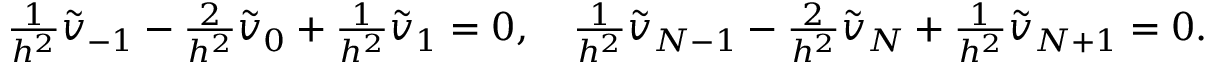
\begin{array} { r l } & { \frac { 1 } { h ^ { 2 } } \widetilde v _ { - 1 } - \frac { 2 } { h ^ { 2 } } \widetilde v _ { 0 } + \frac { 1 } { h ^ { 2 } } \widetilde v _ { 1 } = 0 , \quad \frac { 1 } { h ^ { 2 } } \widetilde v _ { N - 1 } - \frac { 2 } { h ^ { 2 } } \widetilde v _ { N } + \frac { 1 } { h ^ { 2 } } \widetilde v _ { N + 1 } = 0 . } \end{array}